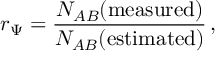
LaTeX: r _ { \Psi } = \frac { { \cal N } _ { A B } ( \mathrm { m e a s u r e d } ) } { { \cal N } _ { A B } ( \mathrm { e s t i m a t e d } ) } \, ,